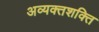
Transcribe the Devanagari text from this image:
अव्यक्तशक्ति